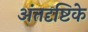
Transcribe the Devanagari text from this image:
अंतदृष्टिके